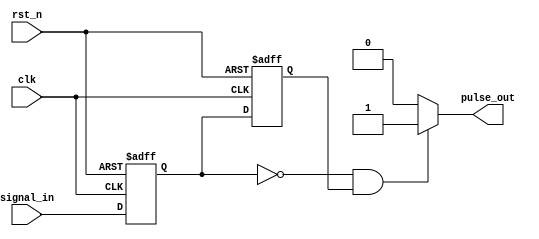
module negative_edge_detector (
    input wire clk,           // Clock input
    input wire rst_n,        // Active low reset
    input wire signal_in,     // Input signal to detect negative edge
    output reg pulse_out      // Output pulse for detected negative edge
);

    // Internal registers to hold the current and previous state of the input signal
    reg signal_in_reg;       // Register to hold the current state of signal_in
    reg signal_in_prev;      // Register to hold the previous state of signal_in

    // Sequential logic: Capture the state of signal_in on the positive edge of clk
    always @(posedge clk or negedge rst_n) begin
        if (!rst_n) begin
            signal_in_reg <= 1'b0;
            signal_in_prev <= 1'b0;
        end else begin
            signal_in_prev <= signal_in_reg;  // Store previous state
            signal_in_reg <= signal_in;       // Update current state
        end
    end

    // Combinational logic: Generate pulse based on the detected negative edge
    always @(*) begin
        if (signal_in_reg == 1'b0 && signal_in_prev == 1'b1) begin
            pulse_out = 1'b1;  // Negative edge detected, generate pulse
        end else begin
            pulse_out = 1'b0;  // No edge detected
        end
    end

endmodule